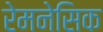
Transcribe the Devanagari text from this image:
रेमनेसिक